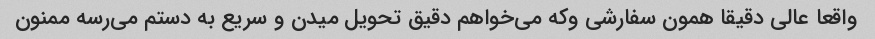
واقعا عالی دقیقا همون سفارشی و‌که می‌خواهم دقیق تحویل میدن و سریع به دستم می‌رسه ممنون